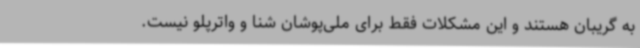
به گریبان هستند و این مشکلات فقط برای ملی‌پوشان شنا و واترپلو نیست.